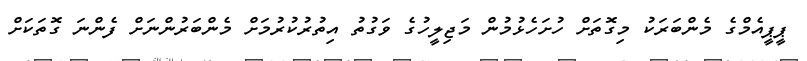
ޕީޕީއެމްގެ މެންބަރަކު މިގޮތަށް ހުށަހެޅުމުން މަޖިލީހުގެ ވަގުތު އިތުރުކުރުމަށް މެންބަރުންނަށް ފެންނަ ގޮތަކަށް